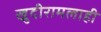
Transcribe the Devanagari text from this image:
खुदीरामलाही